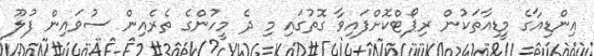
އިންޑިއާގެ މީޑިއާތަކުން ރިޕޯޓްކޮށްފައިވާ ގޮތުގައި މި ދެ މީހުންގެ ތެރެއިން ސުވައިން ފުލޫ